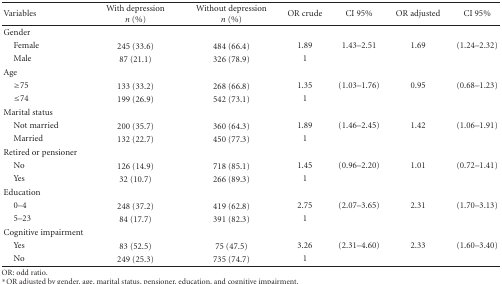
| Variables | With depressionn (%) | Without depressionn (%) | OR crude | CI 95% | OR adjusted | CI 95% |
 | --- | --- | --- | --- | --- | --- | --- |
 | Gender |  |  |  |  |  |  |
 | Female | 245 (33.6) | 484 (66.4) | 1.89 | 1.43–2.51 | 1.69 | (1.24–2.32) |
 | Male | 87 (21.1) | 326 (78.9) | 1 |  |  |  |
 | Age |  |  |  |  |  |  |
 | ≥75 | 133 (33.2) | 268 (66.8) | 1.35 | (1.03–1.76) | 0.95 | (0.68–1.23) |
 | ≤74 | 199 (26.9) | 542 (73.1) | 1 |  |  |  |
 | Marital status |  |  |  |  |  |  |
 | Not married | 200 (35.7) | 360 (64.3) | 1.89 | (1.46–2.45) | 1.42 | (1.06–1.91) |
 | Married | 132 (22.7) | 450 (77.3) | 1 |  |  |  |
 | Retired or pensioner |  |  |  |  |  |  |
 | No | 126 (14.9) | 718 (85.1) | 1.45 | (0.96–2.20) | 1.01 | (0.72–1.41) |
 | Yes | 32 (10.7) | 266 (89.3) | 1 |  |  |  |
 | Education |  |  |  |  |  |  |
 | 0–4 | 248 (37.2) | 419 (62.8) | 2.75 | (2.07–3.65) | 2.31 | (1.70–3.13) |
 | 5–23 | 84 (17.7) | 391 (82.3) | 1 |  |  |  |
 | Cognitive impairment |  |  |  |  |  |  |
 | Yes | 83 (52.5) | 75 (47.5) | 3.26 | (2.31–4.60) | 2.33 | (1.60–3.40) |
 | No | 249 (25.3) | 735 (74.7) | 1 |  |  |  |